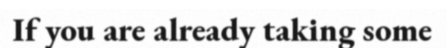
If you are already taking some